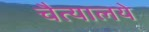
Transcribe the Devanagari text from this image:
चैत्यालये